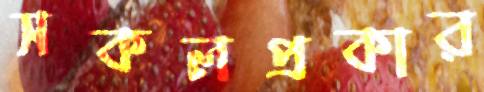
সকলপ্রকার